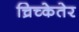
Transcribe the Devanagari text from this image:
च्रिच्केतेर